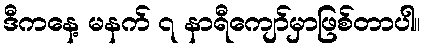
ဒီကနေ့ မနက် ၇ နာရီကျော်မှာဖြစ်တာပါ။